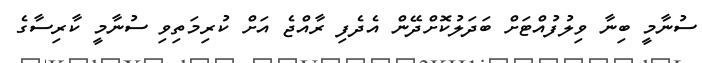
ސުނާމީ ބިނާ ވިލުފުއްޓަށް ބަދަލުކޮށްދޭން އެދެފި ރާއްޖެ އަށް ކުރިމަތިވި ސުނާމީ ކާރިސާގެ